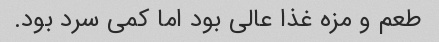
طعم و مزه غذا عالی بود اما کمی سرد بود.